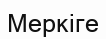
Меркіге